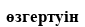
өзгертуін